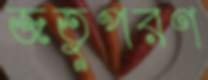
জতুপরণ